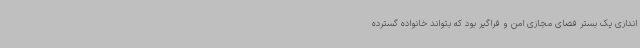
اندازی یک بستر فضای مجازی امن و فراگیر بود که بتواند خانواده گسترده